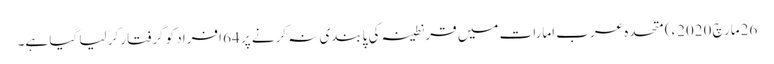
26مارچ 2020ء) متحدہ عرب امارات میں قرنطینہ کی پابندی نہ کرنے پر 64 افراد کو گرفتار کر لیا گیا ہے۔